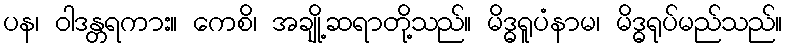
ပန၊ ဝါဒန္တရကား။ ကေစိ၊ အချို့ဆရာတို့သည်။ မိဒ္ဓရူပံနာမ၊ မိဒ္ဓရုပ်မည်သည်။